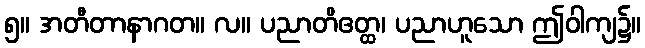
၅။ အတီတာနာဂတ။ လ။ ပညာတိဧတ္ထ၊ ပညာဟူသော ဤဝါကျ၌။